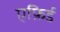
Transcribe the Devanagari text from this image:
एफ़िर्ड